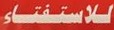
للاستفتاء